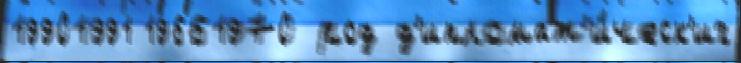
19901991 19661970 род д'ипломат'и́ческ'их